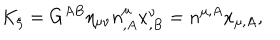
K _ { \xi } = G ^ { A B } \eta _ { \mu \nu } n _ { , A } ^ { \mu } x _ { , B } ^ { \nu } = n ^ { \mu , A } x _ { \mu , A } ,